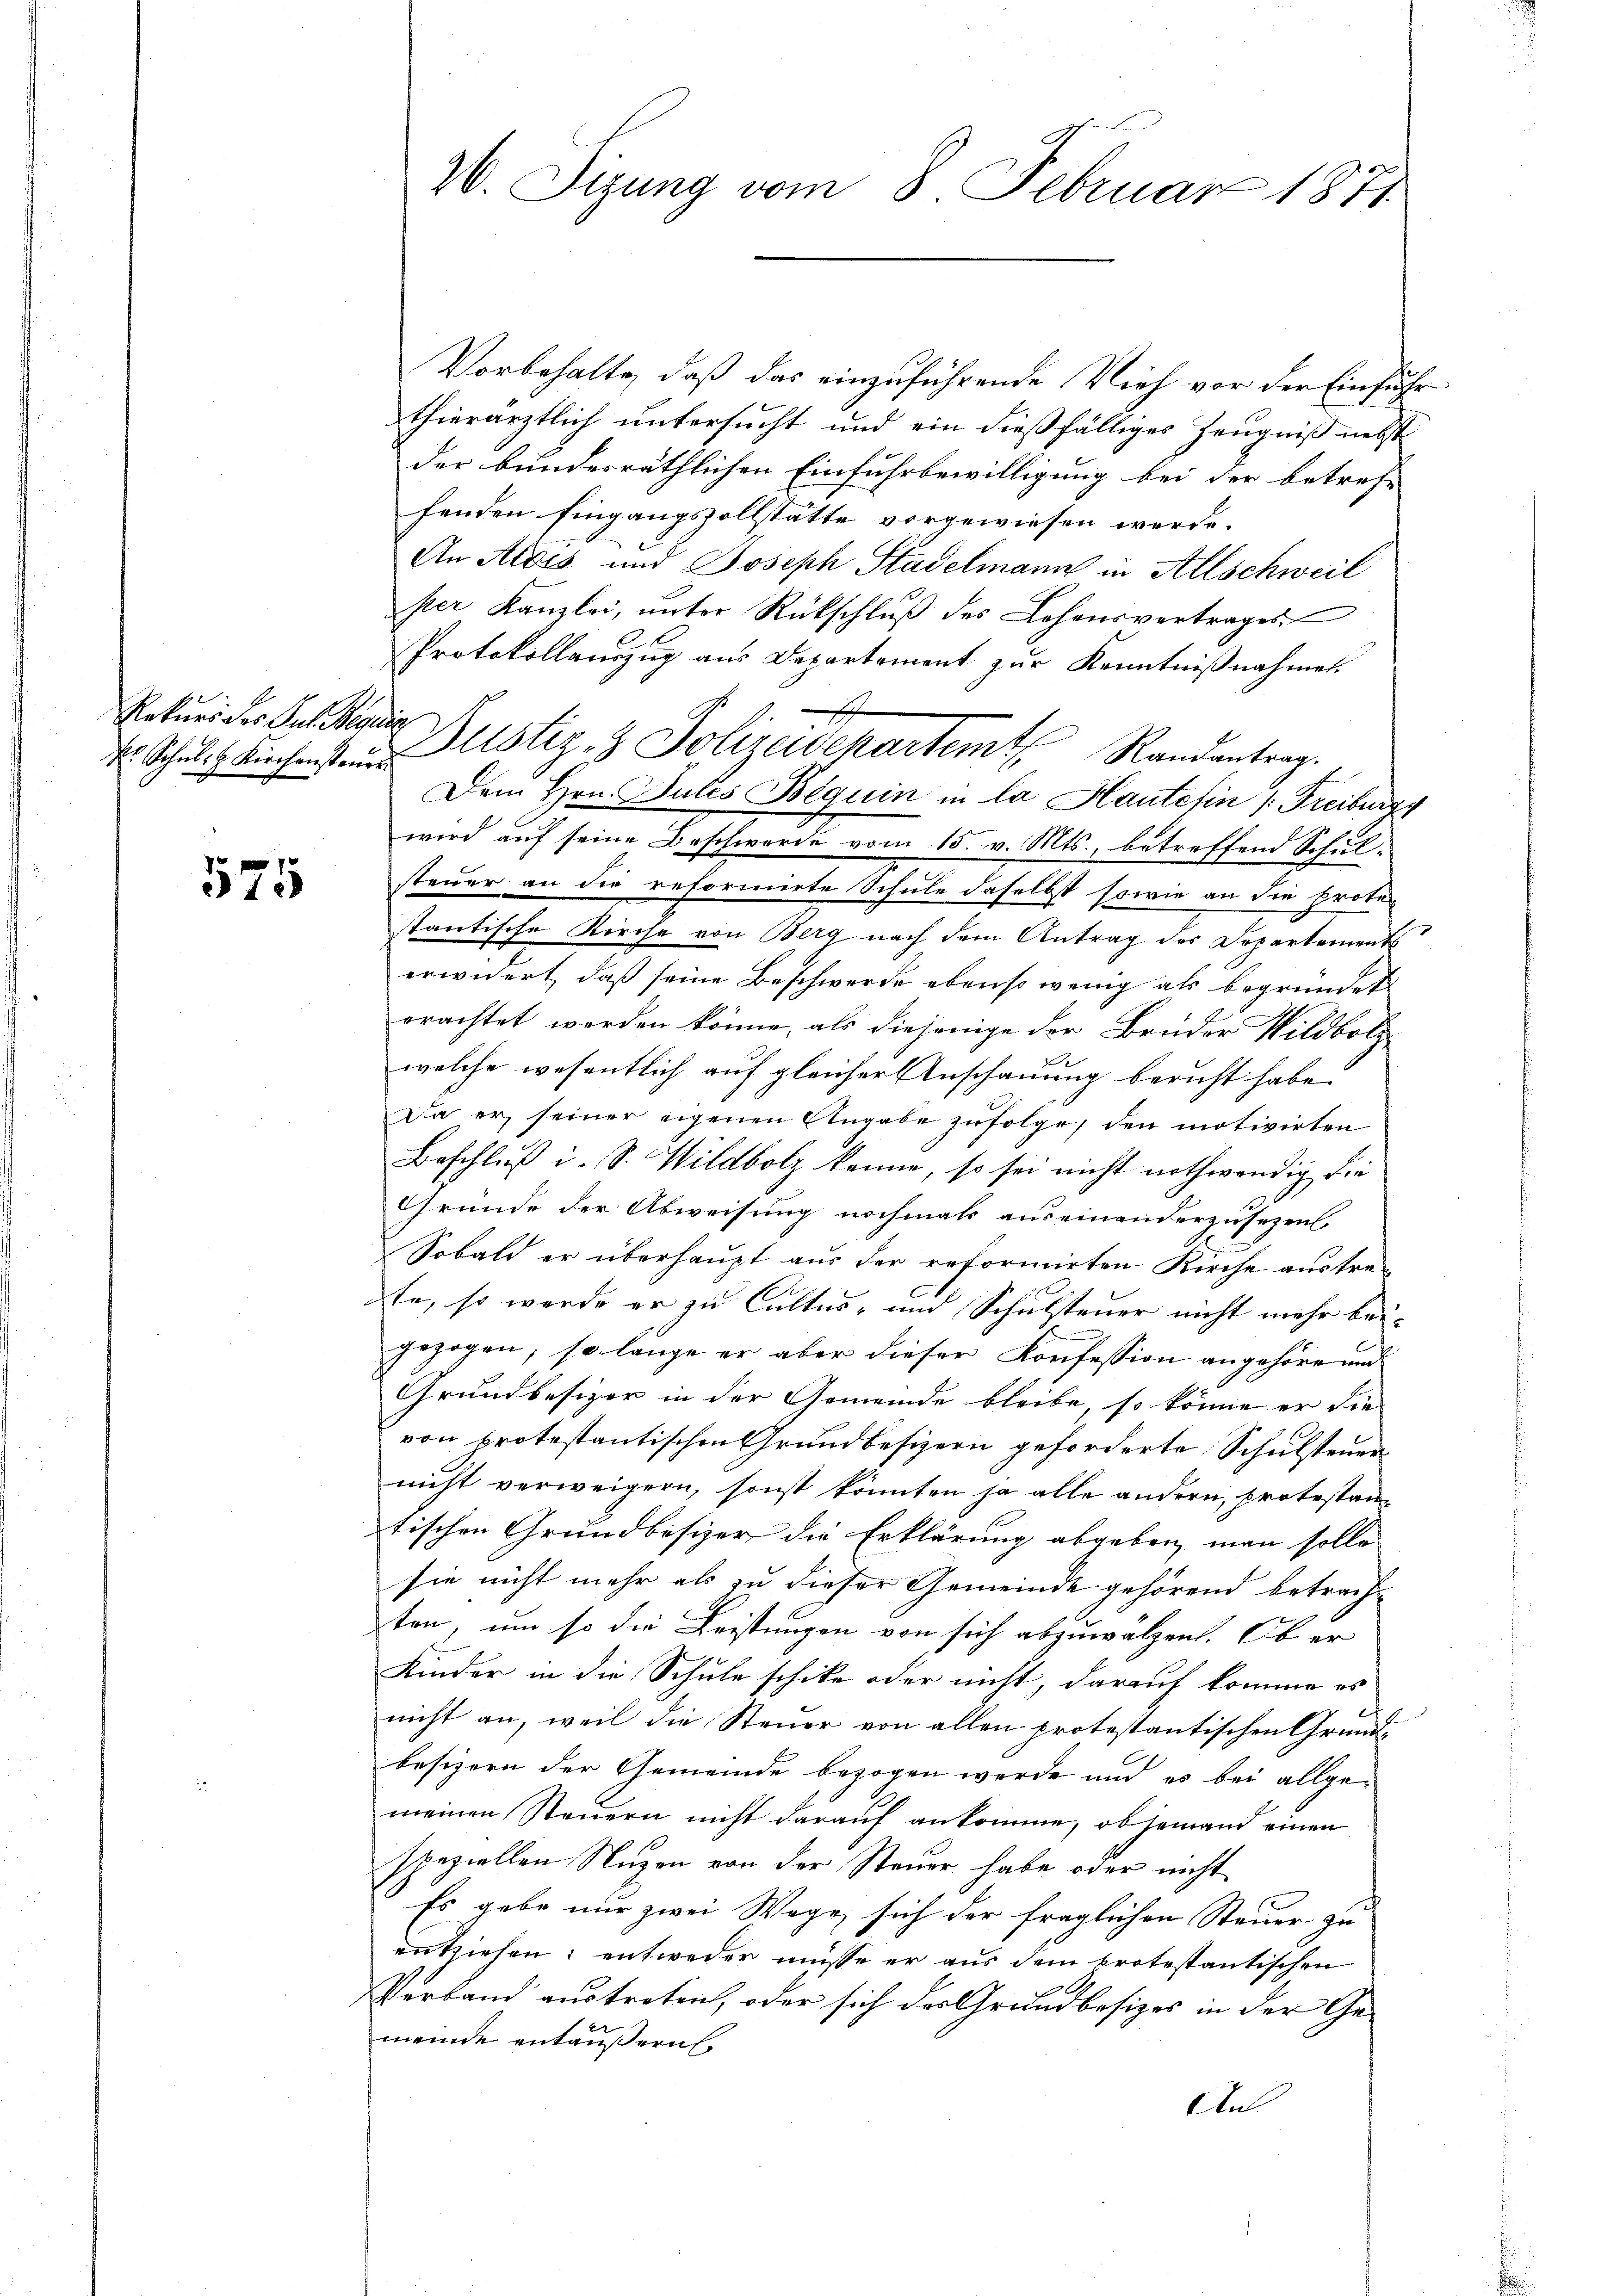
Rekurs des Jul. Regie

575

Vorbehalte, daß das einzuführende Vieh vor der Einfuhr
thierärztlich untersucht und ein dießfälliges Zeugniß nebst
der bundesräthlichen Einfuhrbewilligung bei der betref-
fenden Eingangszollstätte vorgewiesen werde.
An Albis und Joseph Stadelmann in Allschweil
ser Kanzlei, ŭnter Rückschlŭβ des Lehensvertrages
Protokollauszug aus Departement zŭr Kenntniβnahmet.
wird auf seine Beschwerde vom 15. v. Mts., betreffend Schulsteuer an die reformirte Schule daselbst sowie an die prote-
stantische Kirche von Berg nach dem Antrag der Departements
erwidert, daß seine Beschwerde ebenso wenig als begründet
orachtet werden könne, als diejenige der Brüder Wildbolz
welche wesentlich auf gleicher Anschauung beruht habe.
Da er seiner eigenen Angabe zufolge, den motivirten
Beschluß i. S. Wildbolz kenne, so sei nicht nothwendig die
Gründe der Abweisung nochmals auseinanderzusezen
Sobald er überhaupt aus der reformirten Kirche austregte, so werde er zu Cultus- und Schulsteuer nicht mehr beigezogen, so lange er aber dieser Konfession angehöre und
Grundbesizer in der Gemeinde bleibe, so könne er die
von protestantischen Grundbesizern geforderte Schulsteuernicht verweigern, sonst könnten ja alle andern, protestan
tischen Grundbesizer die Erklärung abgeben man solle
sie nicht mehr als zu dieser Gemeinde gehörend betracht
ten, um so die Leistungen von sich abzuwälzen. Ob er
Kinder in die Schule schike oder nicht, darauf komme es
nicht an, weil die Steuer von allen protestantischen Grundbesizern der Gemeinde bezogen werde und es bei allgemeinen Steuern nicht darauf ankomme, ob jemand einen
speziellen Nuzen von der Steuer habe oder nicht
Es gebe nur zwei Wege sich der fraglichen Steuer zu
entziehen, entweder müsse er aus dem protestantischen
Verband austreten, oder sich des Grundbesizes in der Gemeinde entäußern.
An

26. Sizung vom 8. Februar 1871

x
dr Schule Kirchensten Altstiz- & Polizeidekartemt Randantrag.
Dem Hrn. Julis Béquin in la Hautetin (Freiburg